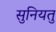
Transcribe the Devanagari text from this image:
सुनियतु